Bréfritari: Ásgeir Tryggvi Friðgeirsson
Viðtakandi: Einar Friðgeirsson
Dagsetning: A-1888-07-10
Skrifað á: Borgarnesi  Mýr.
Ásgeir er bróðir Einars

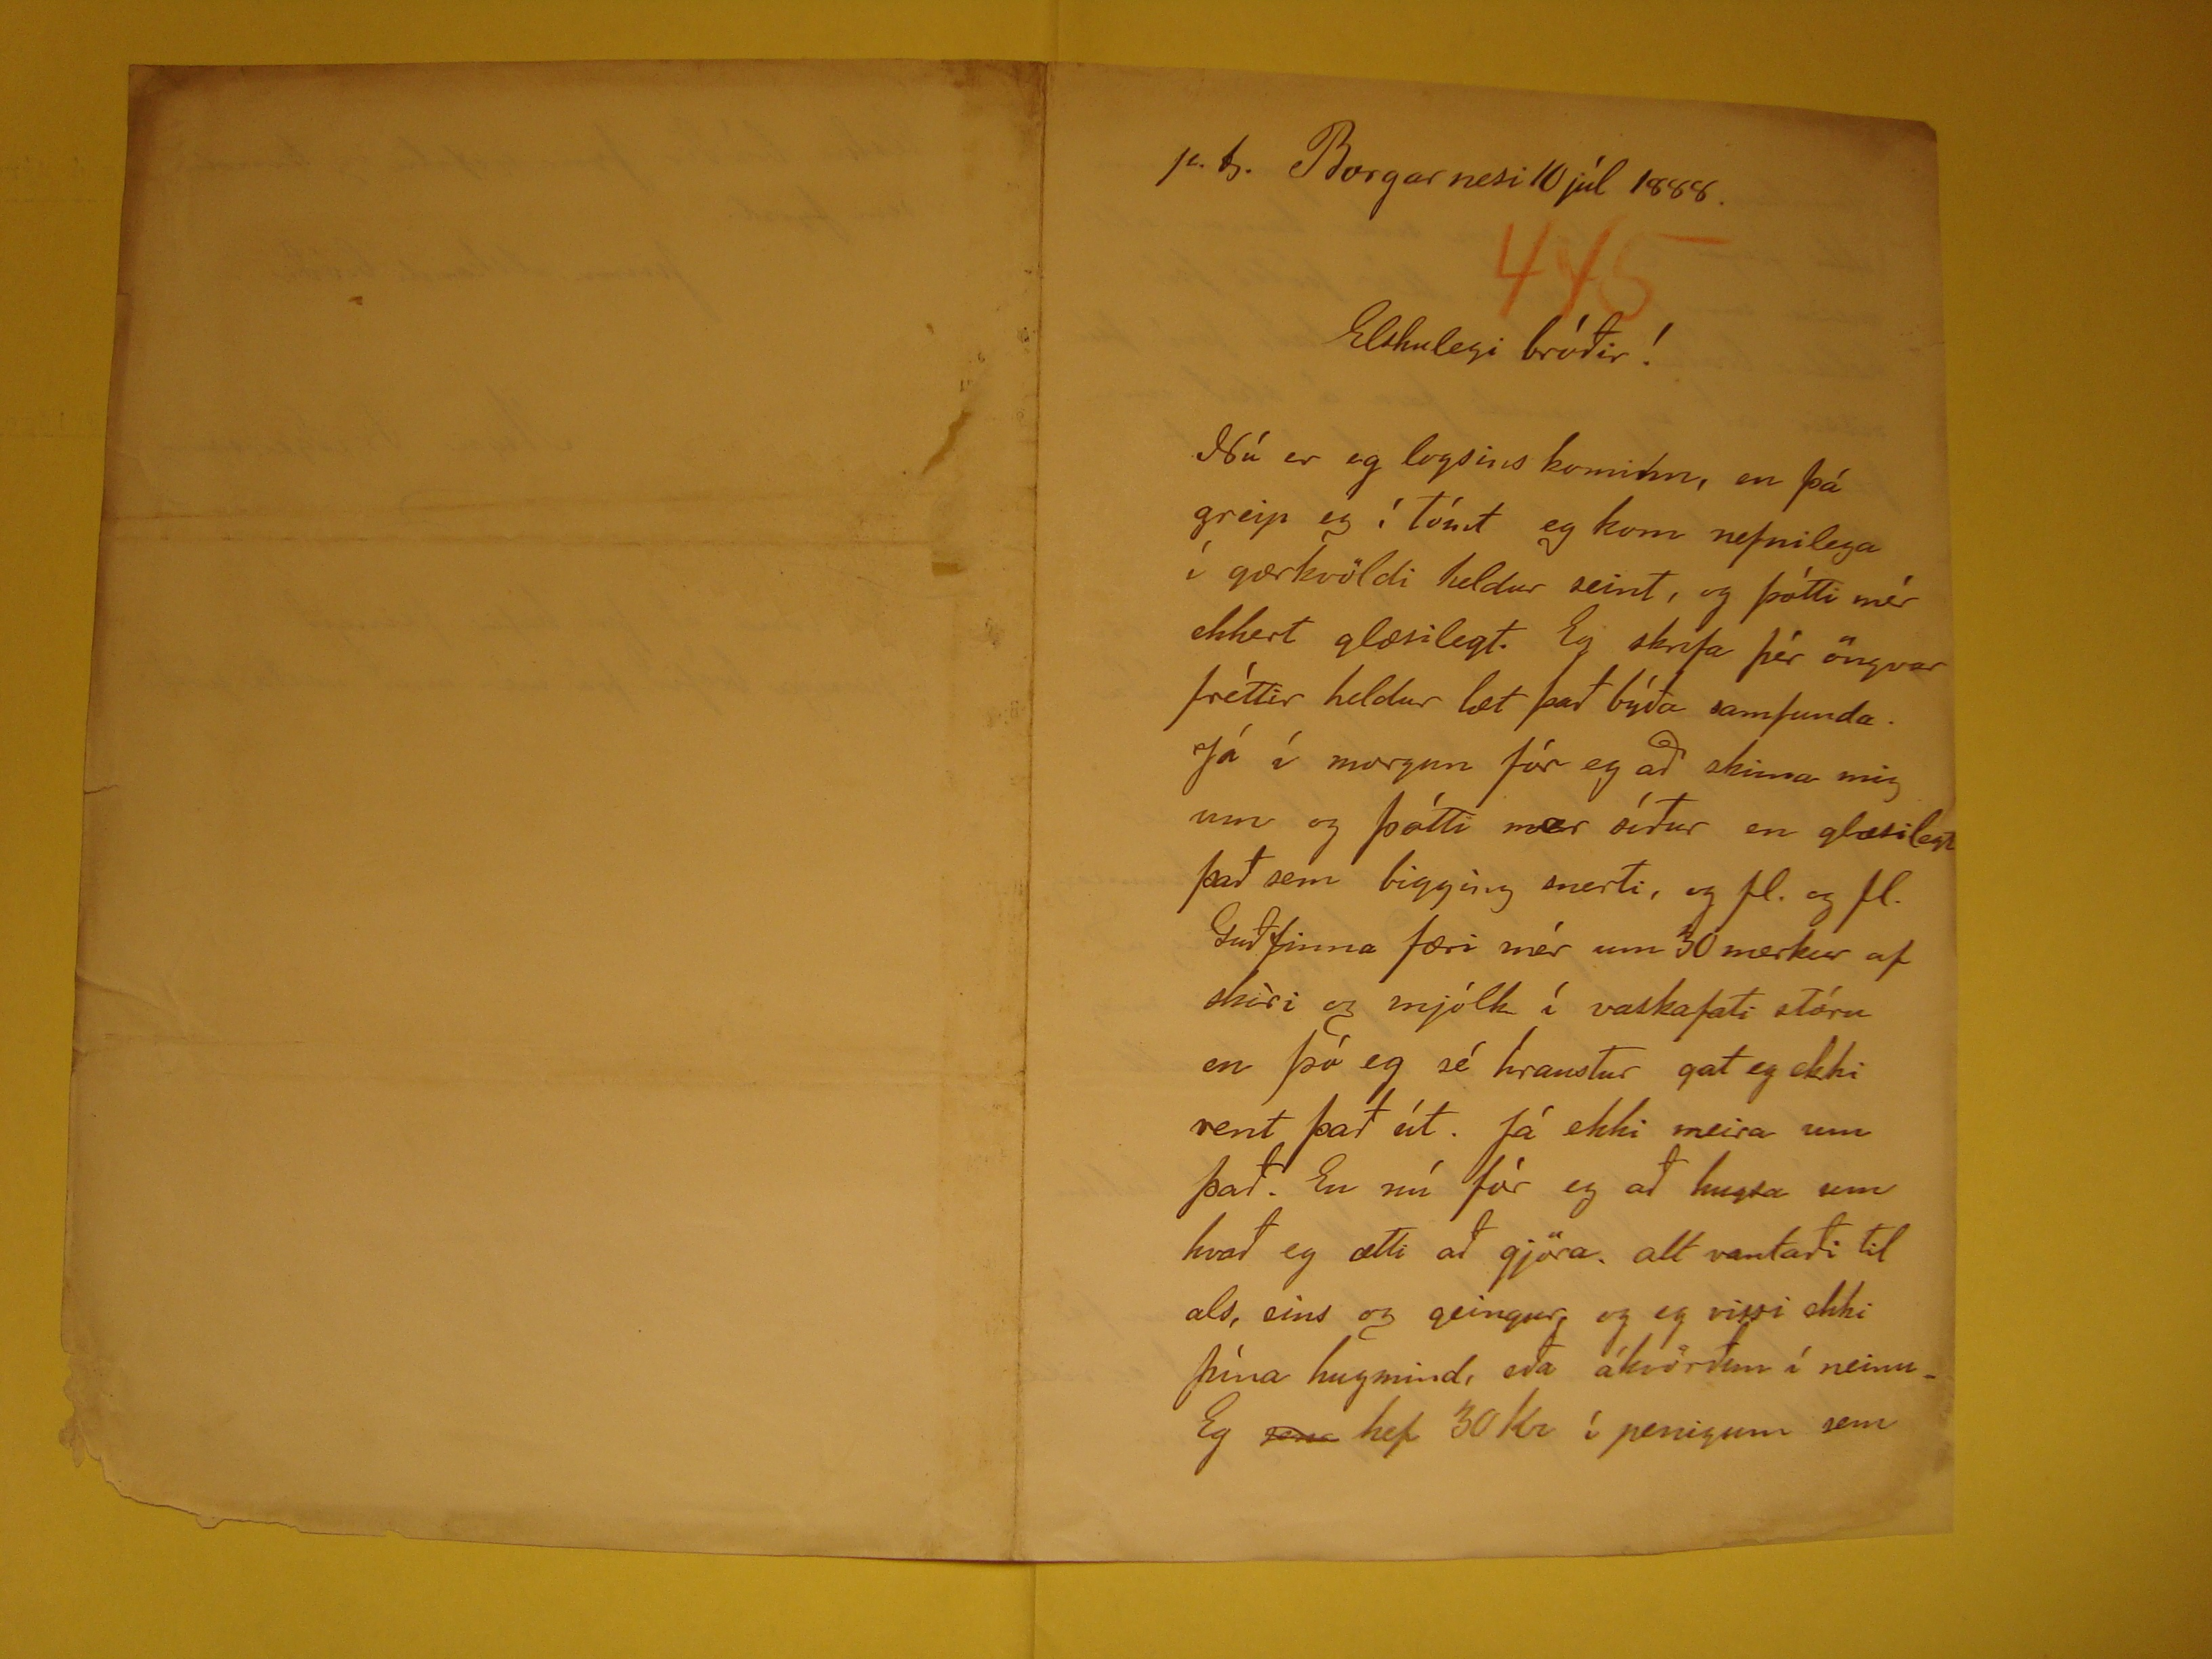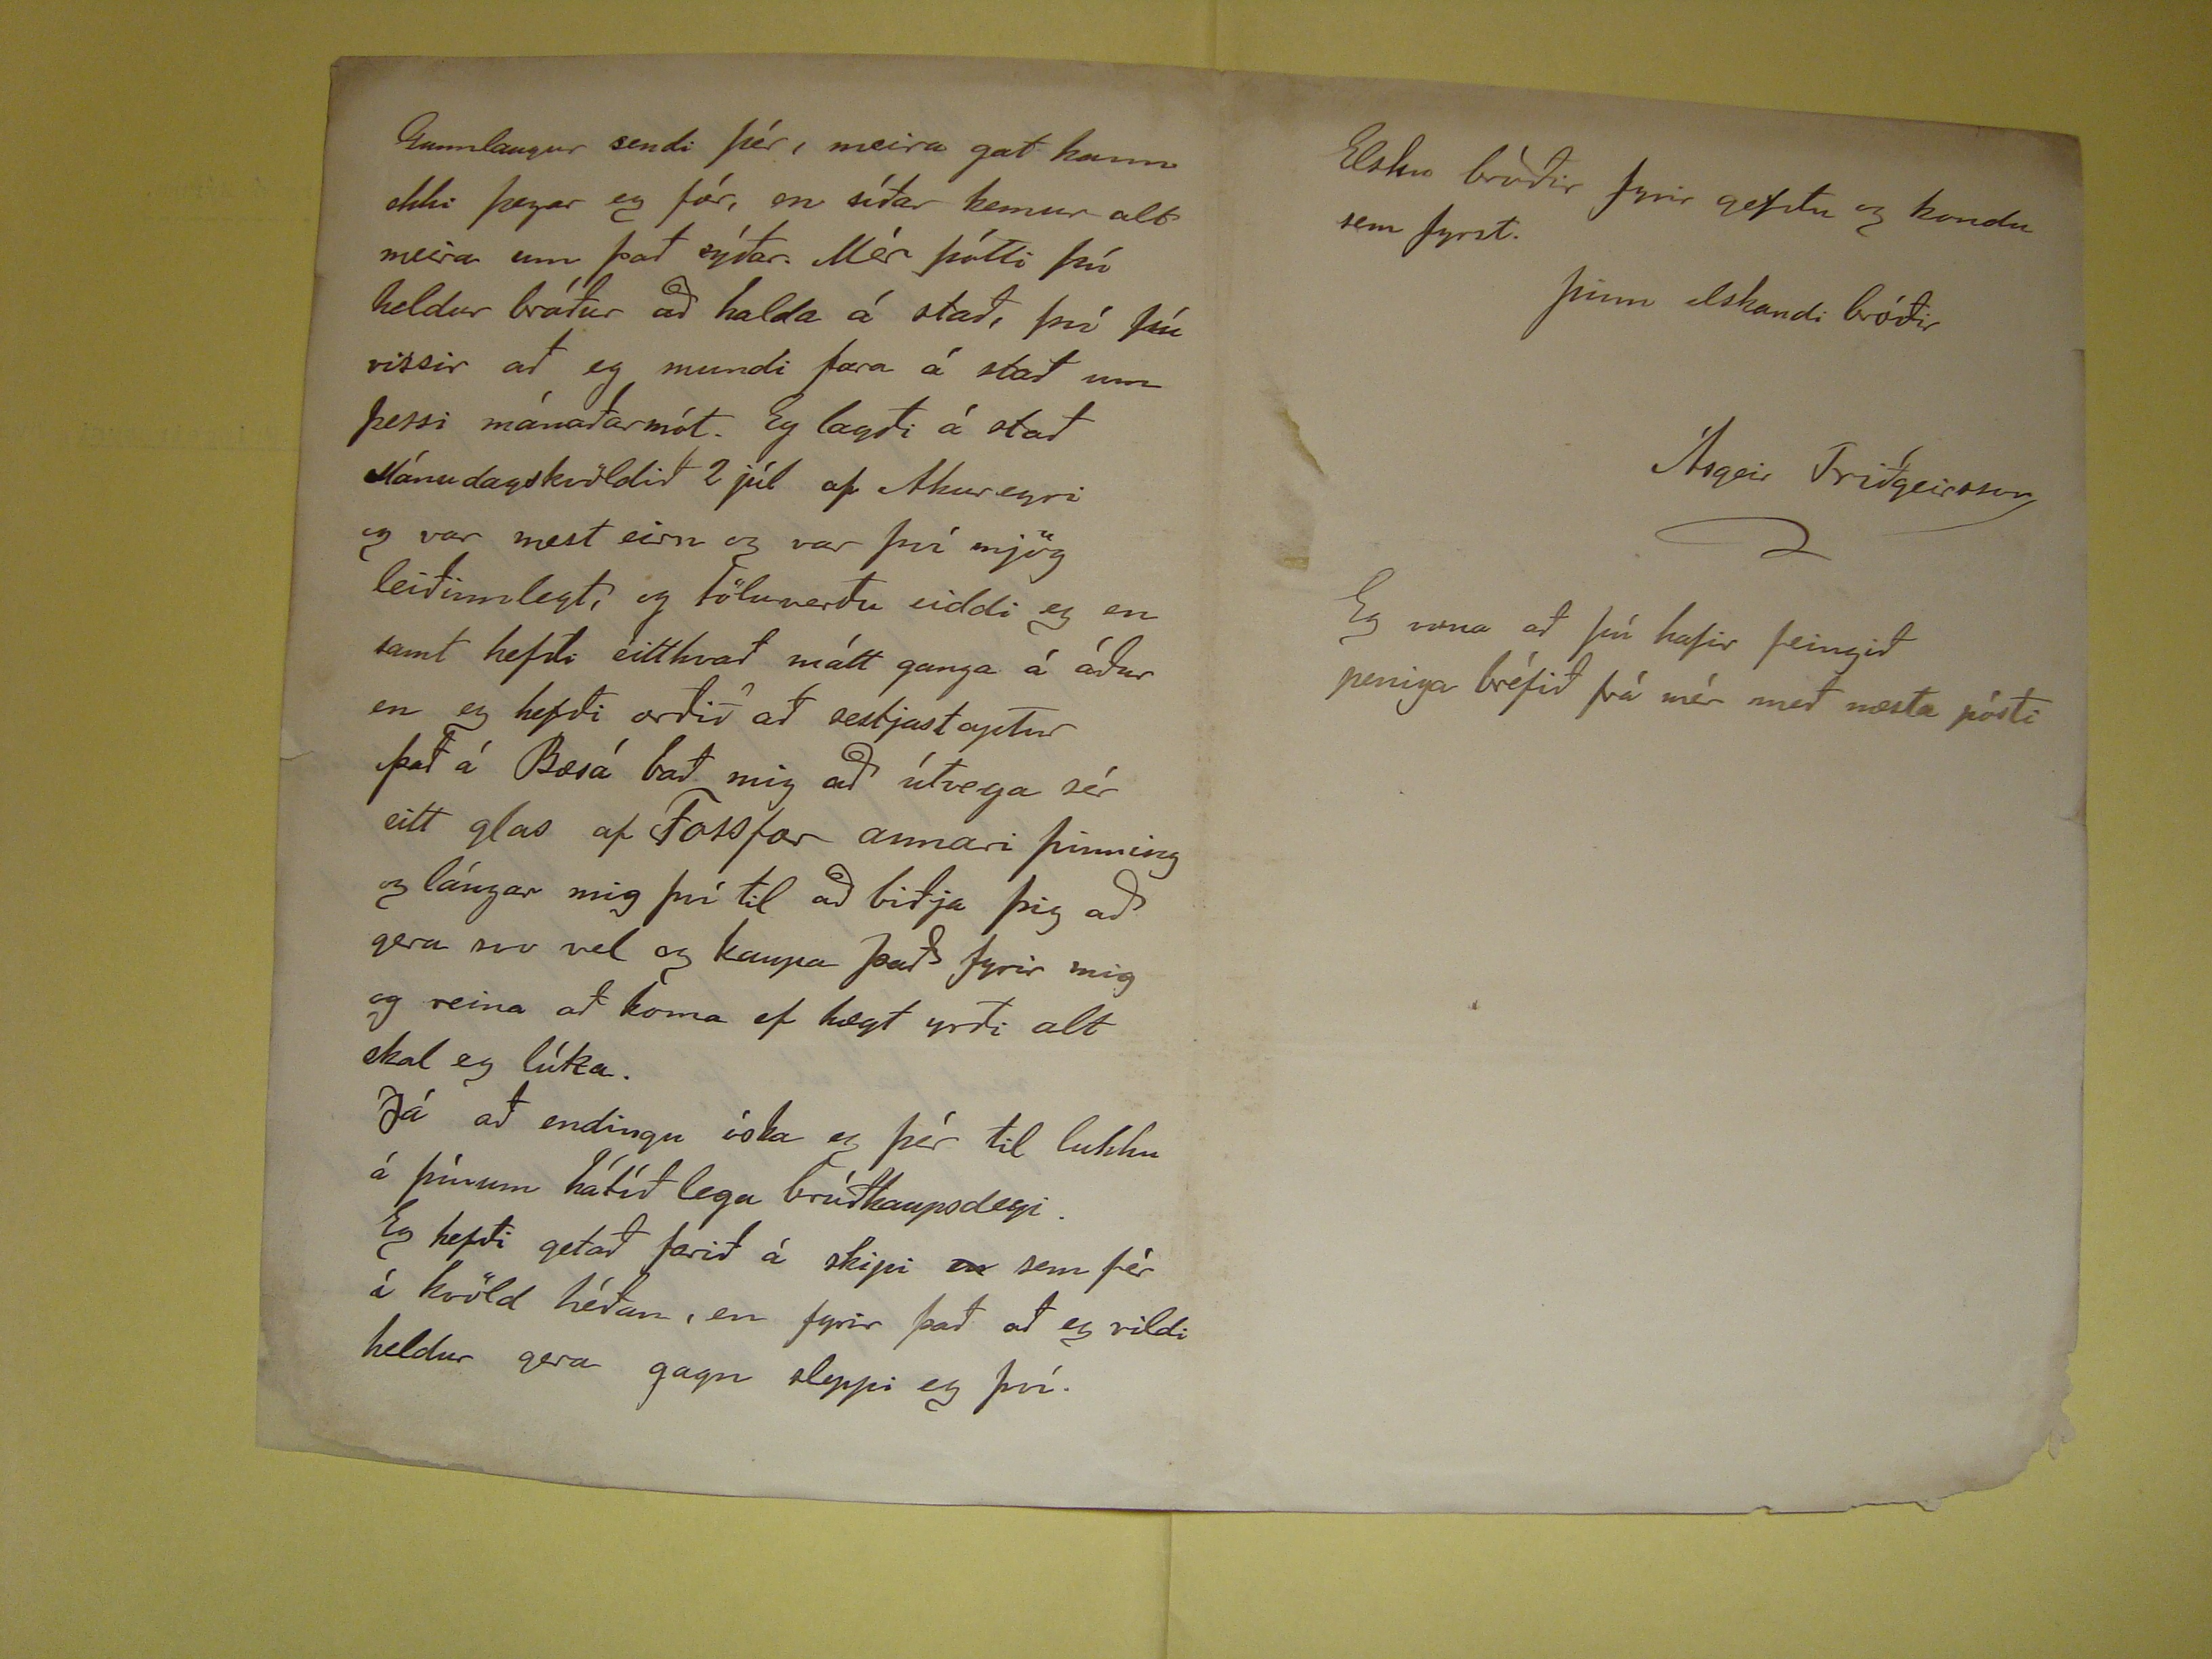

p.t.
Borgarnesi 10júl 1888.
Elskulegi bróðir!
Nú er eg logsins kominn, en þá greip eg í tómt eg kom nefnilega í gærkvöldi heldur seint, og þótti mér ekkert glæsilegt. Eg skrifa þér öngvar frétti rheldur læt
það býða samfunda. Já í morgun fór eg að skima mig um og þótti mer síður en glæsilegt það sem bigging snerti, og fl. og fl. Guðfinna færi mér um 30 merkur af skíri og
mjólk í vaskafati stóru en þó eg sé hraustur gat eg eki rent það út. Já ekki meira um það. En nú fór eg að hugsa um hvað eg ætti að gjöra. alt vantaði til als, eins og
geingur, og eg vissi ekki þína hugmind, eða ákvörðun í neinu. Eg
sem
hef 30 Kr í peningum sem
Gunnlaugur sendi þér, meira gat hann ekki þegar eg fór, en síðar kemur alt meira um það sýðar. Mér þótti þú heldur bráður að halda á stað, því þú vissir að eg
mundi fara á stað um þessi mánaðarmót. Eg lagði á stað Mánudagskvöldið 2 júl af Akureyri og var næst eirn og var því mjög leiðinlegt, og töluverðu eiddi eg en samt
hefði eitthvað mátt ganga á áður en eg hefði orðið að sestjast aptur það á Bæsá bað mig að útvega sér eitt glas af Fossfor annari þinning og lángar mig því til að biðja
þig að gera svo vel og kaupa það fyrir mig og reina að koma ef hægt yrði alt skal eg lúka. Já að endingu éska eg þér til lukku á þínum hátíðlega brúðkaupsdegi. Eg
hefði getað farið á skipi
en
sem fér í kvöld héðan, en fyrir það að eg vildi heldur gera gagn sleppi eg því.
Elsku bróðir fyrir gefðu og kondu sem fyrst.
Þinn elskandi bróðir
Ásgeir Friðgeirsson
Eg vona að þú hafir feingið peninga bréfið frá mér með næsta pósti